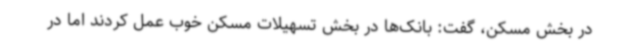
در بخش مسکن، گفت: بانک‌ها در بخش تسهیلات مسکن خوب عمل کردند اما در